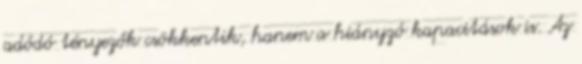
adódó tényezők csökkentik, hanem a hiányzó kapacitások is. Az